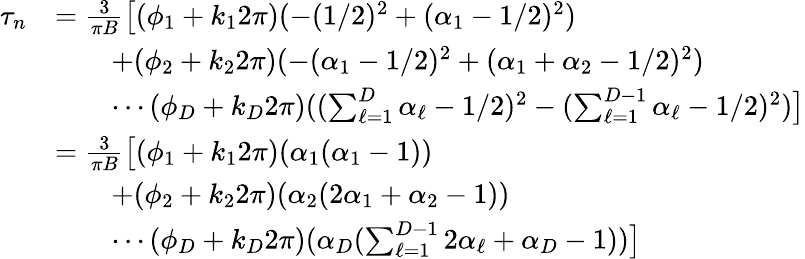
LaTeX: \begin{array}{rl}{\tau_{n}}&{=\frac{3}{\pi B}\bigl[(\phi_{1}+k_{1}2\pi)(-(1/2)^{2}+(\alpha_{1}-1/2)^{2})}\\ &{\quad\quad+(\phi_{2}+k_{2}2\pi)(-(\alpha_{1}-1/2)^{2}+(\alpha_{1}+\alpha_{2}-1/2)^{2})}\\ &{\quad\quad\cdots(\phi_{D}+k_{D}2\pi)((\sum_{\ell=1}^{D}\alpha_{\ell}-1/2)^{2}-(\sum_{\ell=1}^{D-1}\alpha_{\ell}-1/2)^{2})\bigr]}\\ &{=\frac{3}{\pi B}\bigl[(\phi_{1}+k_{1}2\pi)(\alpha_{1}(\alpha_{1}-1))}\\ &{\quad\quad+(\phi_{2}+k_{2}2\pi)(\alpha_{2}(2\alpha_{1}+\alpha_{2}-1))}\\ &{\quad\quad\cdots(\phi_{D}+k_{D}2\pi)(\alpha_{D}(\sum_{\ell=1}^{D-1}2\alpha_{\ell}+\alpha_{D}-1))\bigr]}\end{array}